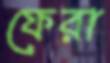
ফেরা